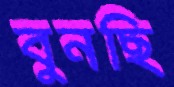
বুনছি